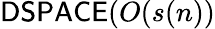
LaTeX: {\mathsf{DSPACE}}(O(s(n))